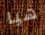
هيا